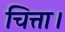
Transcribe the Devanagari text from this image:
चित्ता।